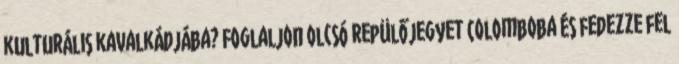
kulturális kavalkádjába? Foglaljon olcsó repülőjegyet Colomboba és fedezze fel